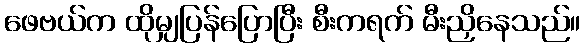
ဖေဗယ်က ထိုမျှပြန်ပြောပြီး စီးကရက် မီးညှိနေသည်။